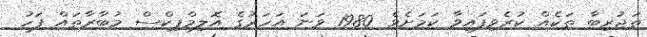
ތަޖުރިބާ ތަކެއް ކުރެވިފައިވާ ކަމަށެވެ. 1980 ވަނަ އަހަރުގެ އޮލިމްޕިކްސް މުބާރާތައް ފަހު